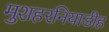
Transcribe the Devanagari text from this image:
मुशहरनियाडीह